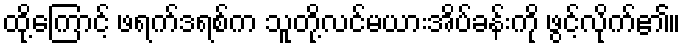
ထို့ကြောင့် ဖရက်ဒရစ်က သူတို့လင်မယားအိပ်ခန်းကို ဖွင့်လိုက်၏။